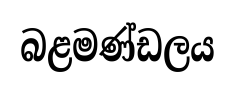
බළමණ්ඩලය